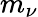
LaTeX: m_{\nu}